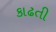
કાઢતી